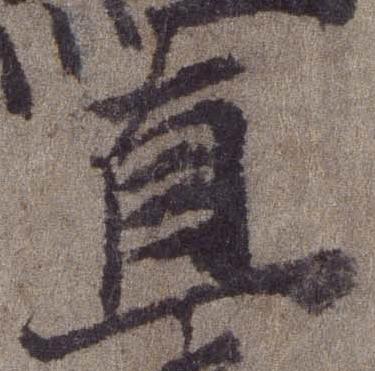
直